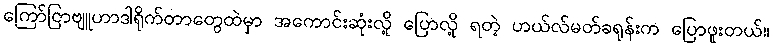
ကြော်ငြာဗျူဟာဒါရိုက်တာတွေထဲမှာ အကောင်းဆုံးလို့ ပြောလို့ ရတဲ့ ဟယ်လ်မတ်ခရုန်းက ပြောဖူးတယ်။